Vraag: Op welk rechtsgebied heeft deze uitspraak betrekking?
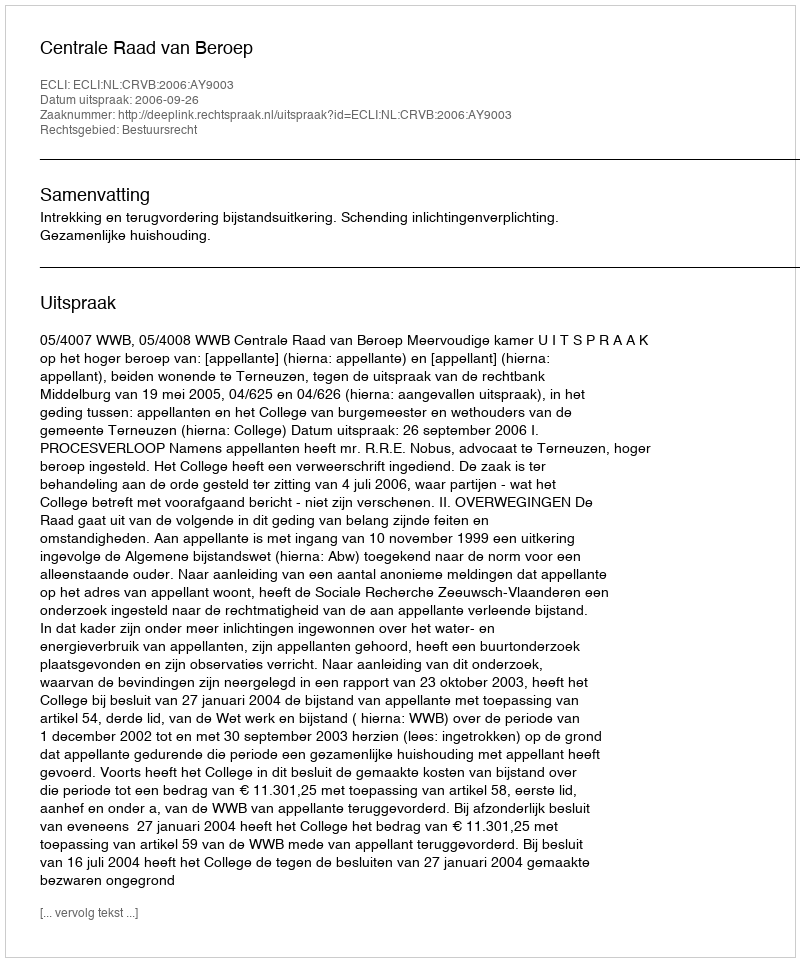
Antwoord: Bestuursrecht